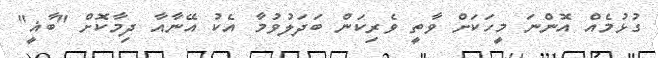
ގުޅުމެއް އޮންނަ މީހަކަށް ވާތީ ވެރިކަން ބަދަލުވުމާ އެކު އޭނާއާ ދިމާކޮށް "ބާޣީ"